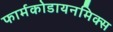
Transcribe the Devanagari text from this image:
फार्मकोडायनमिक्स